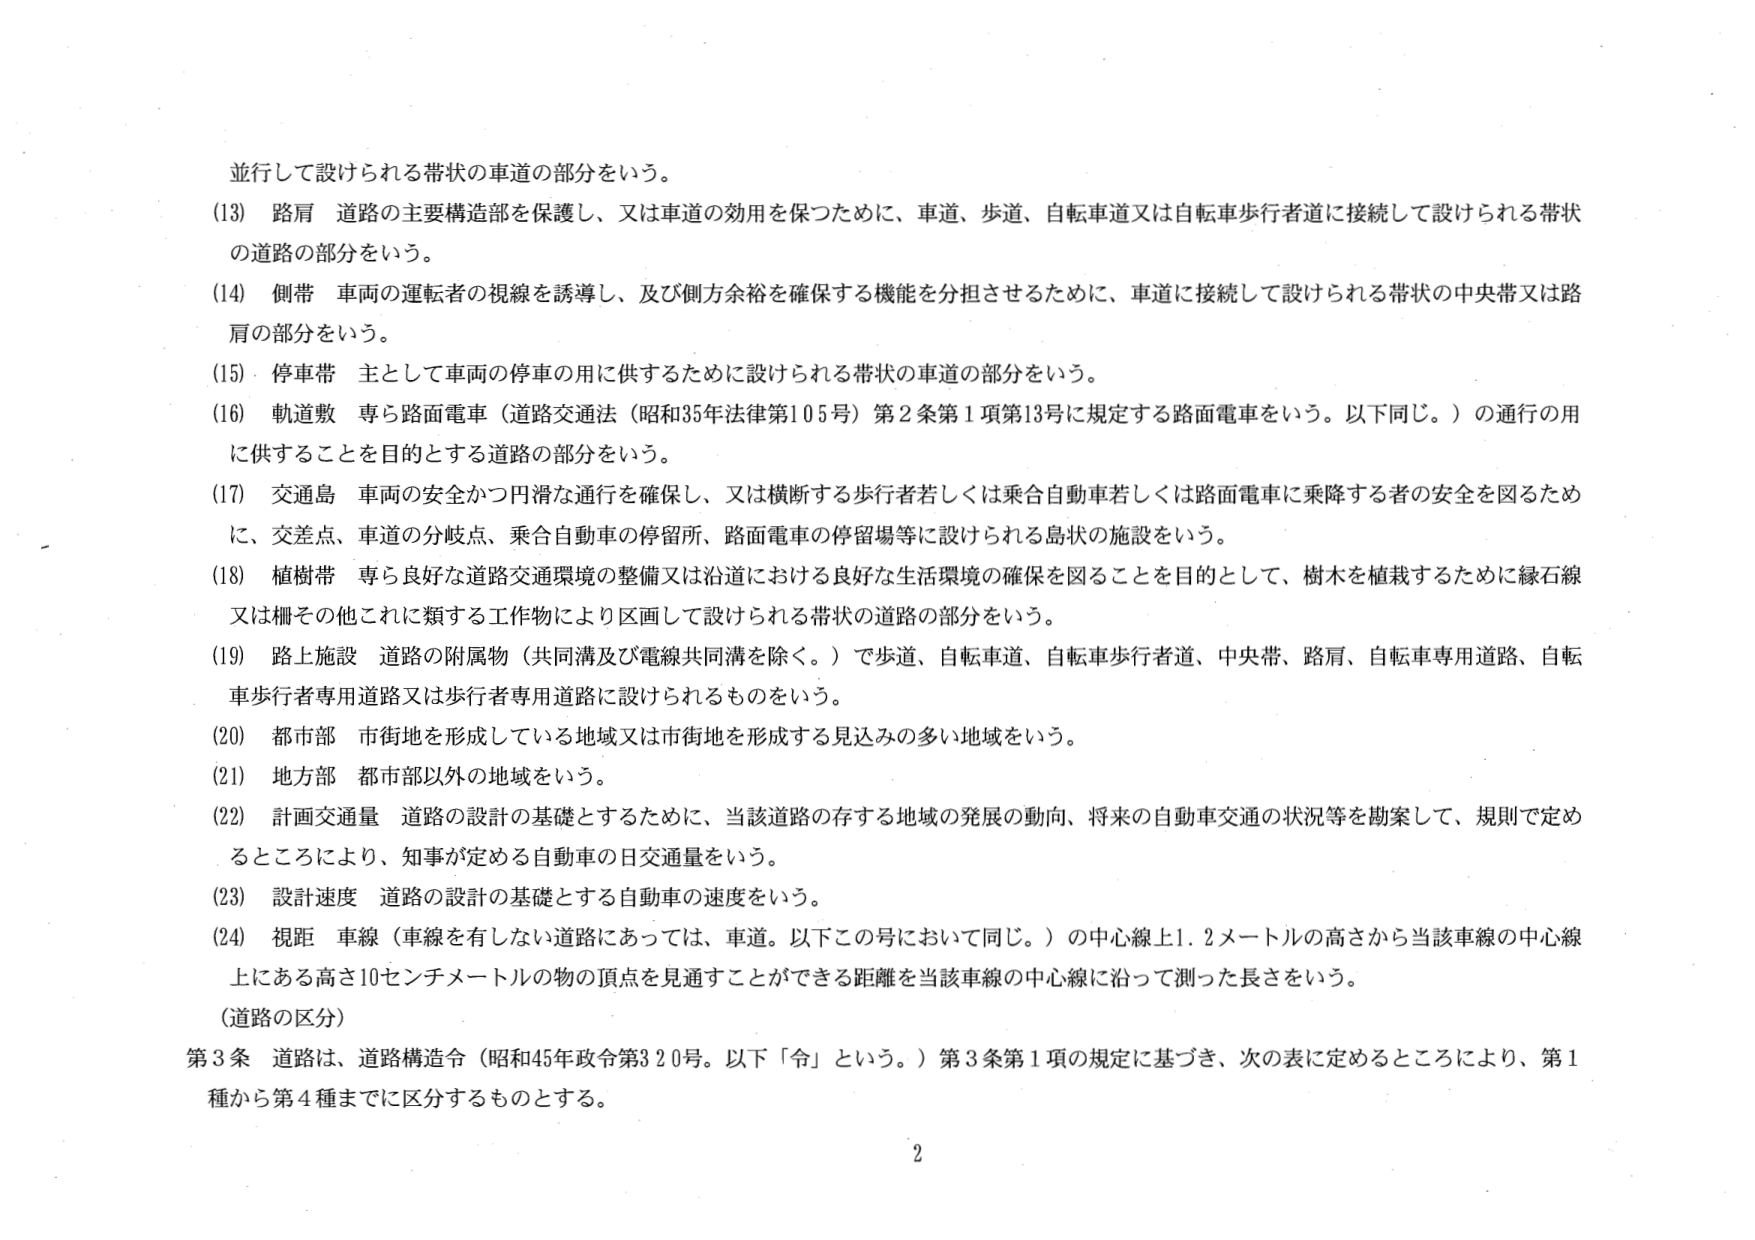
並行して設けられる帯状の車道の部分をいう。

(13) 路肩 道路の主要構造部を保護し、又は車道の効用を保つために、車道、歩道、自転車道又は自転車歩行者道に接続して設けられる帯状の道路の部分をいう。

(14) 側帯 車両の運転者の視線を誘導し、及び側方余裕を確保する機能を分担させるために、車道に接続して設けられる帯状の中央帯又は路肩の部分をいう。

(15) 停車帯 主として車両の停車の用に供するために設けられる帯状の車道の部分をいう。

(16) 軌道敷 専ら路面電車（道路交通法（昭和35年法律第105号）第2条第1項第13号に規定する路面電車をいう。以下同じ。）の通行の用に供することを目的とする道路の部分をいう。

(17) 交通島 車両の安全かつ円滑な通行を確保し、又は横断する歩行者若しくは乗合自動車若しくは路面電車に乗降する者の安全を図るために、交差点、車道の分岐点、乗合自動車の停留所、路面電車の停留場等に設けられる島状の施設をいう。

(18) 植樹帯 専ら良好な道路交通環境の整備又は沿道における良好な生活環境の確保を図ることを目的として、樹木を植栽するために縁石線又は柵その他これに類する工作物により区画して設けられる帯状の道路の部分をいう。

(19) 路上施設 道路の附属物（共同溝及び電線共同溝を除く。）で歩道、自転車道、自転車歩行者道、中央帯、路肩、自転車専用道路、自転車歩行者専用道路又は歩行者専用道路に設けられるものをいう。

(20) 都市部 市街地を形成している地域又は市街地を形成する見込みの多い地域をいう。

(21) 地方部 都市部以外の地域をいう。

(22) 計画交通量 道路の設計の基礎とするために、当該道路の存する地域の発展の動向、将来の自動車交通の状況等を勘案して、規則で定めるところにより、知事が定める自動車の日交通量をいう。

(23) 設計速度 道路の設計の基礎とする自動車の速度をいう。

(24) 視距 車線（車線を有しない道路にあっては、車道。以下この号において同じ。）の中心線上1.2メートルの高さから当該車線の中心線上にある高さ10センチメートルの物の頂点を見通すことができる距離を当該車線の中心線に沿って測った長さをいう。

（道路の区分）

第3条 道路は、道路構造令（昭和45年政令第320号。以下「令」という。）第3条第1項の規定に基づき、次の表に定めるところにより、第1種から第4種までに区分するものとする。

2